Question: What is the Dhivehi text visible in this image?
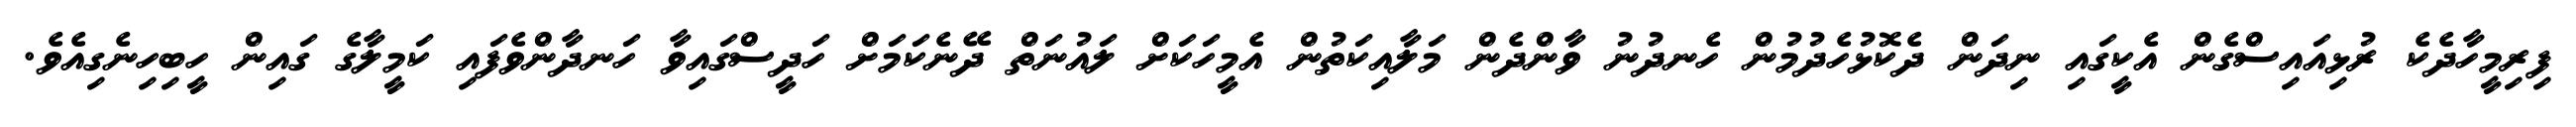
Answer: ފިރިމީހާދެކެ ރުޅިއައިސްގެން އެކީގައި ނިދަން ދެކޮޅުހެދުމުން ހެނދުނު ވާންދެން މަލާއިކަތުން އެމީހަކަށް ލައުނަތް ދޭނެކަމަށް ހަދީސްގައިވާ ހަނދާންވެފައި ކަމީލާގެ ގައިން ހީބިހިނެގިއެވެ.